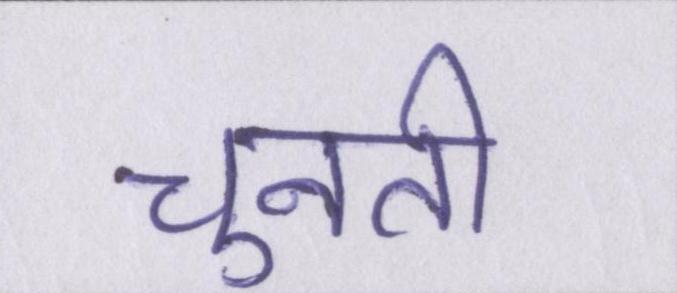
चुनती